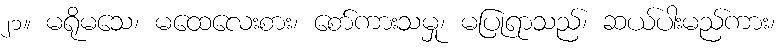
၂၁။ မရိုမသေ၊ မထေလေးစား၊ စော်ကားသမှု၊ မပြုရာသည်၊ ဆယ်ပါးမည်ကား၊